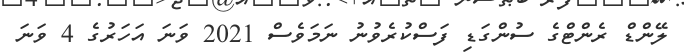
ލޭންޑް ރެންޓްގެ ސުންގަޑި ފަސްކުރެވުނު ނަމަވެސް 2021 ވަނަ އަހަރުގެ 4 ވަނަ